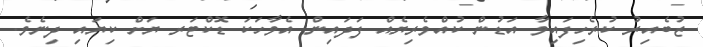
ޒުބެއިރު ކުރެހިފައިވާ އަޑުން ކުއްވެރިޔެއް ފަދައިން އެވާހަކަ ޑޮކްޓަރ ޔަށް ކިޔައި ދިނެވެ.